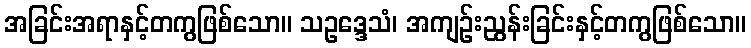
အခြင်းအရာနှင့်တကွဖြစ်သော။ သဥဒ္ဒေသံ၊ အကျဉ်းညွန်းခြင်းနှင့်တကွဖြစ်သော။